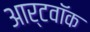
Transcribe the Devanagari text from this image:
आर्टवॉक